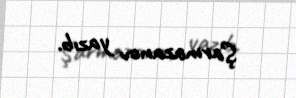
Şarmazanov yazıb.